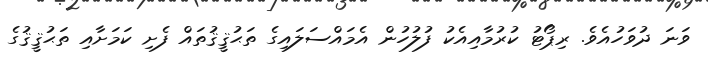
ވަނަ ދުވަހުއެވެ. ރިޕޯޓު ކުރުމާއިއެކު ފުލުހުން އެމައްސަލައިގެ ތަޙުޤީޤުތައް ފެށި ކަމަށާއި ތަޙުޤީޤުގެ